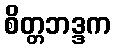
စိတ္တဘဒ္ဒက